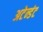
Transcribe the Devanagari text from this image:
अटेन्डंट